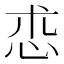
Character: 怷